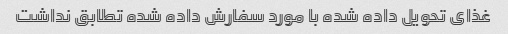
غذای تحویل داده شده با مورد سفارش داده شده تطابق نداشت